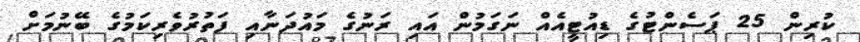
ކުރިން 25 ޕަސެންޓުގެ ޑިއުޓީއެއް ނަގަމުން އައި ރަނުގެ މައުދަނާއި ފަތުރުވެރިކަމުގެ ބޭނުމަށް